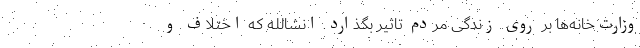
وزارت‌خانه‌ها بر روی زندگی مردم تاثیر بگذارد. انشالله که اختلاف و